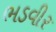
ભડવીર